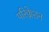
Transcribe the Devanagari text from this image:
परिक्लेशन